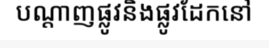
បណ្តាញផ្លូវនិងផ្លូវដែកនៅ